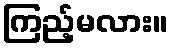
ကြည့်မလား။